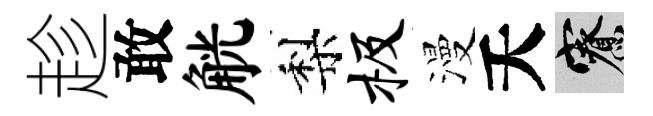
趁敢觥梨极漫夭寮